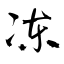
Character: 凍